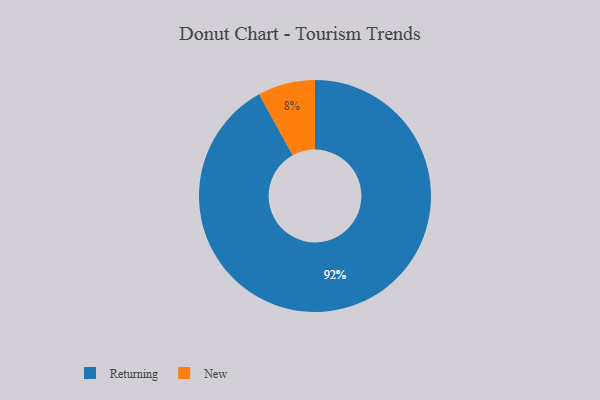
{"axis": {"x": "Category", "y": "Percentage"}, "legend": ["New", "Returning"], "data": [{"x": "New", "y": 8, "type": "New"}, {"x": "Returning", "y": 92, "type": "Returning"}]}